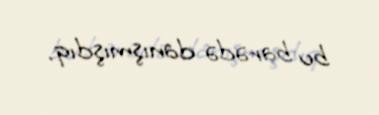
bu barədə danışmışdıq.